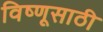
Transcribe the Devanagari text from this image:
विष्णूसाठी